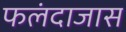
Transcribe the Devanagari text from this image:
फलंदाजास